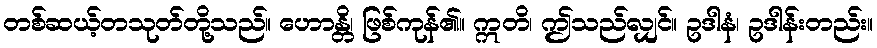
တစ်ဆယ့်တသုတ်တို့သည်။ ဟောန္တိ၊ ဖြစ်ကုန်၏။ ဣတိ၊ ဤသည်လျှင်။ ဥဒါနံ၊ ဥဒါန်းတည်း။